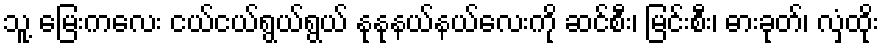
သူ့ မြေးကလေး ငယ်ငယ်ရွယ်ရွယ် နုနုနယ်နယ်လေးကို ဆင်စီး၊ မြင်းစီး၊ ဓားခုတ်၊ လှံထိုး